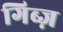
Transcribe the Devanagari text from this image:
गिब्ज़